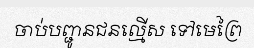
ចាប់បញ្ជូនជនល្មើស ទៅមេព្រៃ